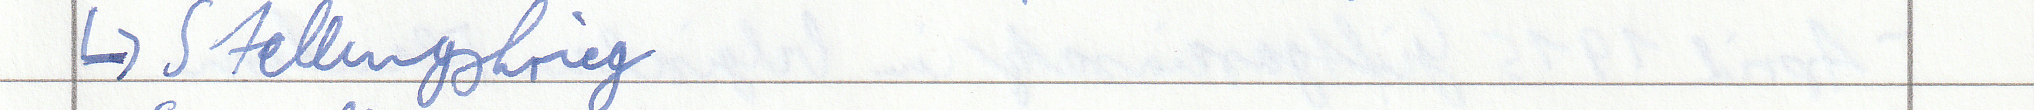
-> Stellungskrieg